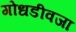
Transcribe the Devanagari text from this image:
गोधडीवजा